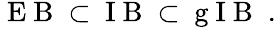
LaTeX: \begin{array}{r}{\mathrm{~E~B~}\subset\mathrm{~I~B~}\subset\mathrm{~g~I~B~}\; .}\end{array}